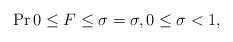
LaTeX: \begin{align*} \Pr{0\leq F \leq \sigma}=\sigma, 0\leq \sigma < 1,\end{align*}